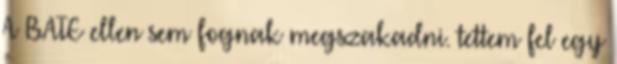
A BATE ellen sem fognak megszakadni. tettem fel egy